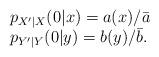
LaTeX: \begin{align*}\begin{array}{l} p_{X'|X}(0|x) = a(x) / \bar{a} \\ p_{Y'|Y}(0|y) = b(y) / \bar{b}.\end{array}\end{align*}